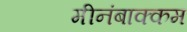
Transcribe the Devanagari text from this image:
मीनंबाक्कम